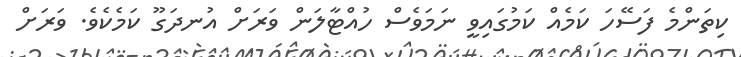
ކިތަންމެ ފަސޭހަ ކަމެއް ކަމުގައިވީ ނަމަވެސް ހުއްޓާލަން ވަރަށް އުނދަގޫ ކަމެކެވެ. ވަރަށް